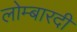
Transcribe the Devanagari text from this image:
लोम्बारदी